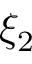
\xi _ { 2 }